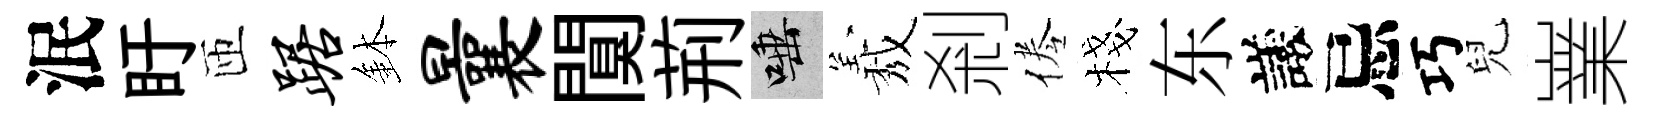
泯盱匝踞鉢曩闃荊唾𦏁剎倦棧东議忌巧兒嶪